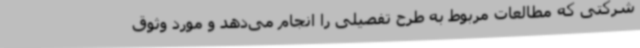
شرکتی که مطالعات مربوط به طرح تفصیلی را انجام می‌دهد و مورد وثوق